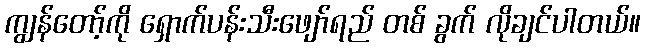
ကျွန်တော့်ကို ရှောက်ပန်းသီးဖျော်ရည် တစ် ခွက် လိုချင်ပါတယ်။